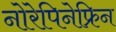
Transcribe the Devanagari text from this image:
नोरेपिनेफ्रिन